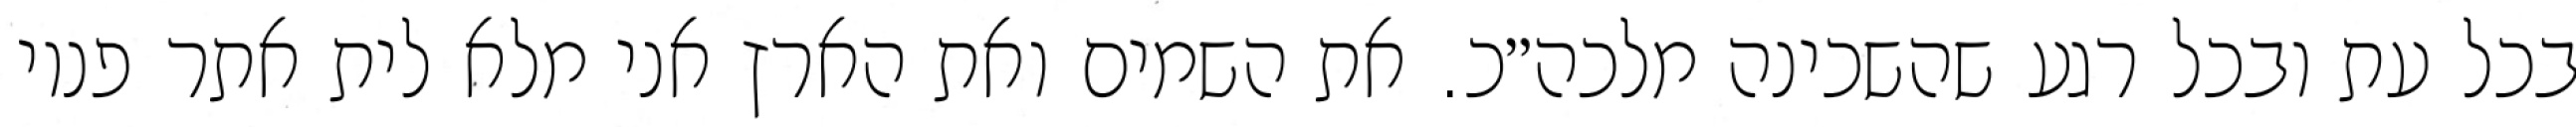
בכל עת ובכל רגע שהשכינה מלכה״כ. את השמים ואת הארץ אני מלא לית אתר פנוי